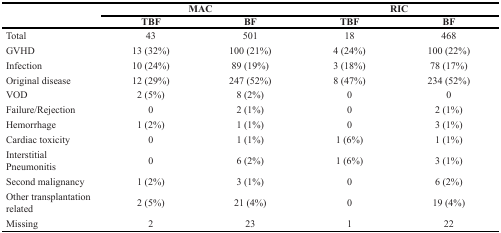
|  | <COLSPAN=2> MAC | <COLSPAN=2> RIC |
 |  | TBF | BF | TBF | BF |
 | --- | --- | --- | --- | --- |
 | Total | 43 | 501 | 18 | 468 |
 | GVHD | 13 (32%) | 100 (21%) | 4 (24%) | 100 (22%) |
 | Infection | 10 (24%) | 89 (19%) | 3 (18%) | 78 (17%) |
 | Original disease | 12 (29%) | 247 (52%) | 8 (47%) | 234 (52%) |
 | VOD | 2 (5%) | 8 (2%) | 0 | 0 |
 | Failure/Rejection | 0 | 2 (1%) | 0 | 2 (1%) |
 | Hemorrhage | 1 (2%) | 1 (1%) | 0 | 3 (1%) |
 | Cardiac toxicity | 0 | 1 (1%) | 1 (6%) | 1 (1%) |
 | Interstitial Pneumonitis | 0 | 6 (2%) | 1 (6%) | 3 (1%) |
 | Second malignancy | 1 (2%) | 3 (1%) | 0 | 6 (2%) |
 | Other transplantation related | 2 (5%) | 21 (4%) | 0 | 19 (4%) |
 | Missing | 2 | 23 | 1 | 22 |